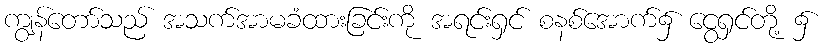
ကျွန်တော်သည် အသက်အာမခံထားခြင်းကို အရင်းရှင် စနစ်အောက်၌ ငွေရှင်တို့ ၌